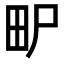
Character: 𤰨